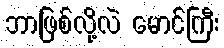
ဘာဖြစ်လို့လဲ မောင်ကြီး